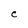
Character: C